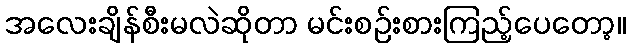
အလေးချိန်စီးမလဲဆိုတာ မင်းစဉ်းစားကြည့်ပေတော့။